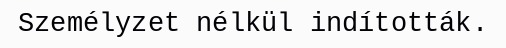
Személyzet nélkül indították.